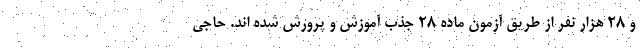
و ۲۸ هزار نفر از طریق آزمون ماده ۲۸ جذب آموزش و پرورش شده اند. حاجی